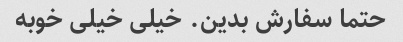
حتما سفارش بدین. خیلی خیلی خوبه